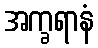
အက္ခရာနံ